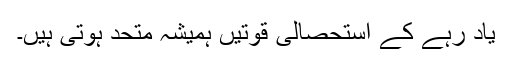
یاد رہے کے استحصالی قوتیں ہمیشہ متحد ہوتی ہیں۔